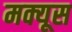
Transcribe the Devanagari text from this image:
मक्यूस